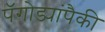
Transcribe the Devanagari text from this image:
पॅगोड्यांपैकी